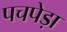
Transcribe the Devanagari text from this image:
पचपेड़ा